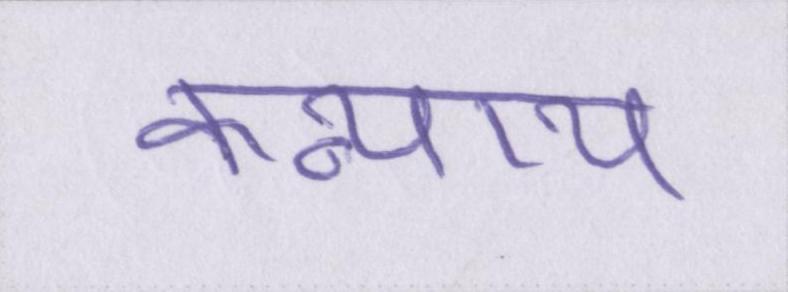
कन्याय